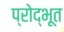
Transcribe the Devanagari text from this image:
प्रोद्भूत